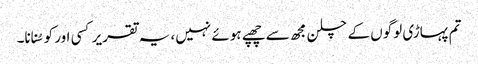
تم پہاڑی لوگوں کے چلن مجھ سے چھپے ہوئے نہیں، یہ تقریر کسی اور کو سُنانا۔